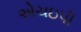
એચઇપી